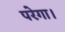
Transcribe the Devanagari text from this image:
परेगा।